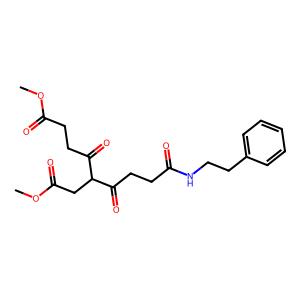
SMILES: COC(=O)CCC(=O)C(CC(=O)OC)C(=O)CCC(=O)NCCc1ccccc1
Inhibits HIV replication: No